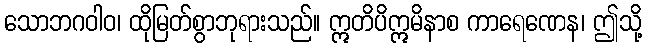
သောဘဂဝါဝ၊ ထိုမြတ်စွာဘုရားသည်။ ဣတိပိဣမိနာစ ကာရေဏေန၊ ဤသို့